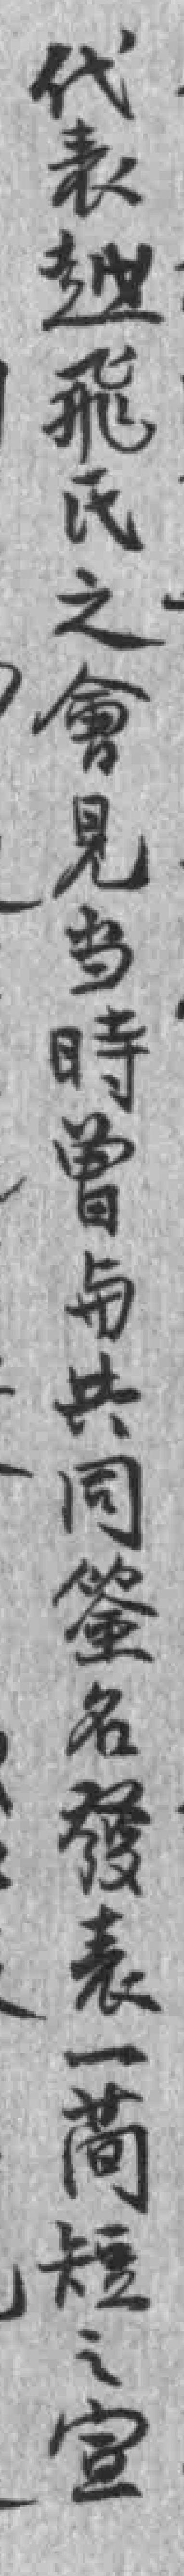
代表越飛氏之會見当時曾与共同*名發表一简短之宣